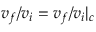
v _ { f } / v _ { i } = v _ { f } / v _ { i } | _ { c }